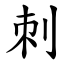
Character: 刺